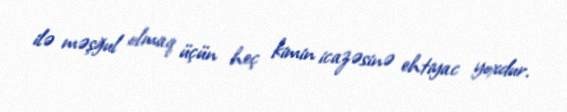
ilə məşğul olmaq üçün heç kimin icazəsinə ehtiyac yoxdur.